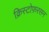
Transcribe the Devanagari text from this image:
क्रिस्टोफ़रसन